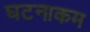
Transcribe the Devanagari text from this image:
घटनाकम